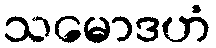
သမောဒဟံ